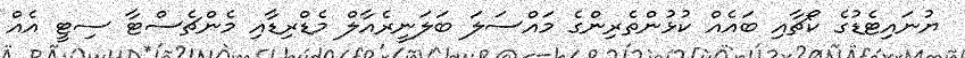
ޔުނައިޓެޑުގެ ކޯޗާއި ބައެއް ކުޅުންތެރިންގެ މައްސަލަ ބަލަނީރެއާލް މެޑްރިޑާއި މެންޗެސްޓާ ސިޓީ އެއް